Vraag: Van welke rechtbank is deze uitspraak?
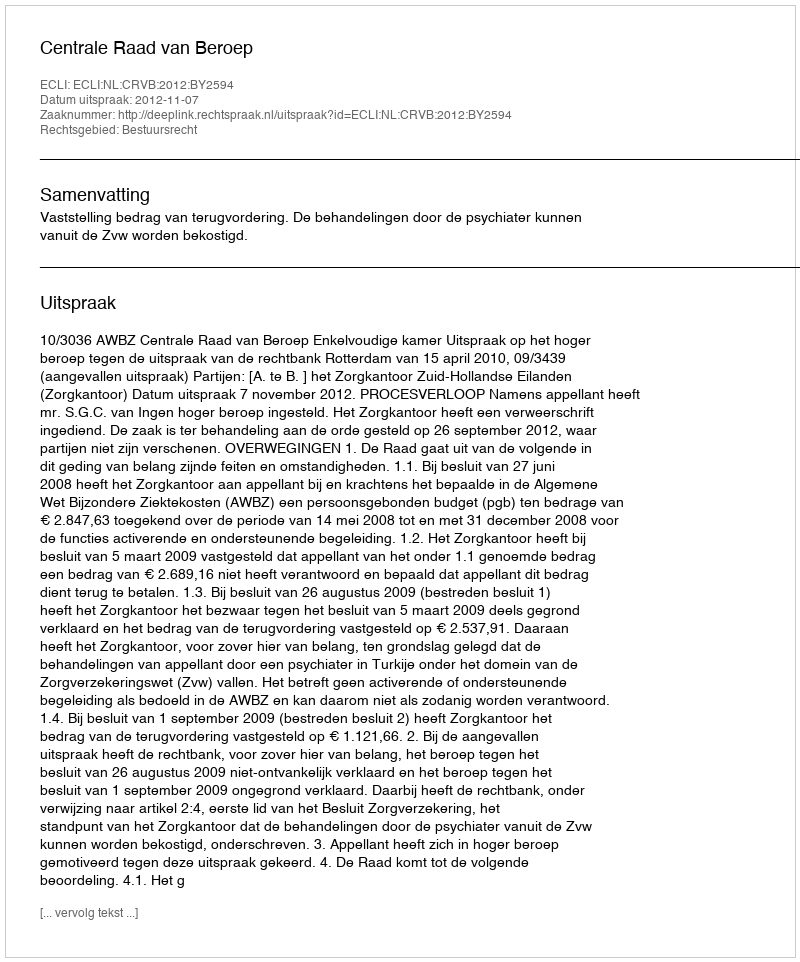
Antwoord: Centrale Raad van Beroep